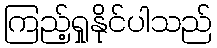
ကြည့်ရှုနိုင်ပါသည်